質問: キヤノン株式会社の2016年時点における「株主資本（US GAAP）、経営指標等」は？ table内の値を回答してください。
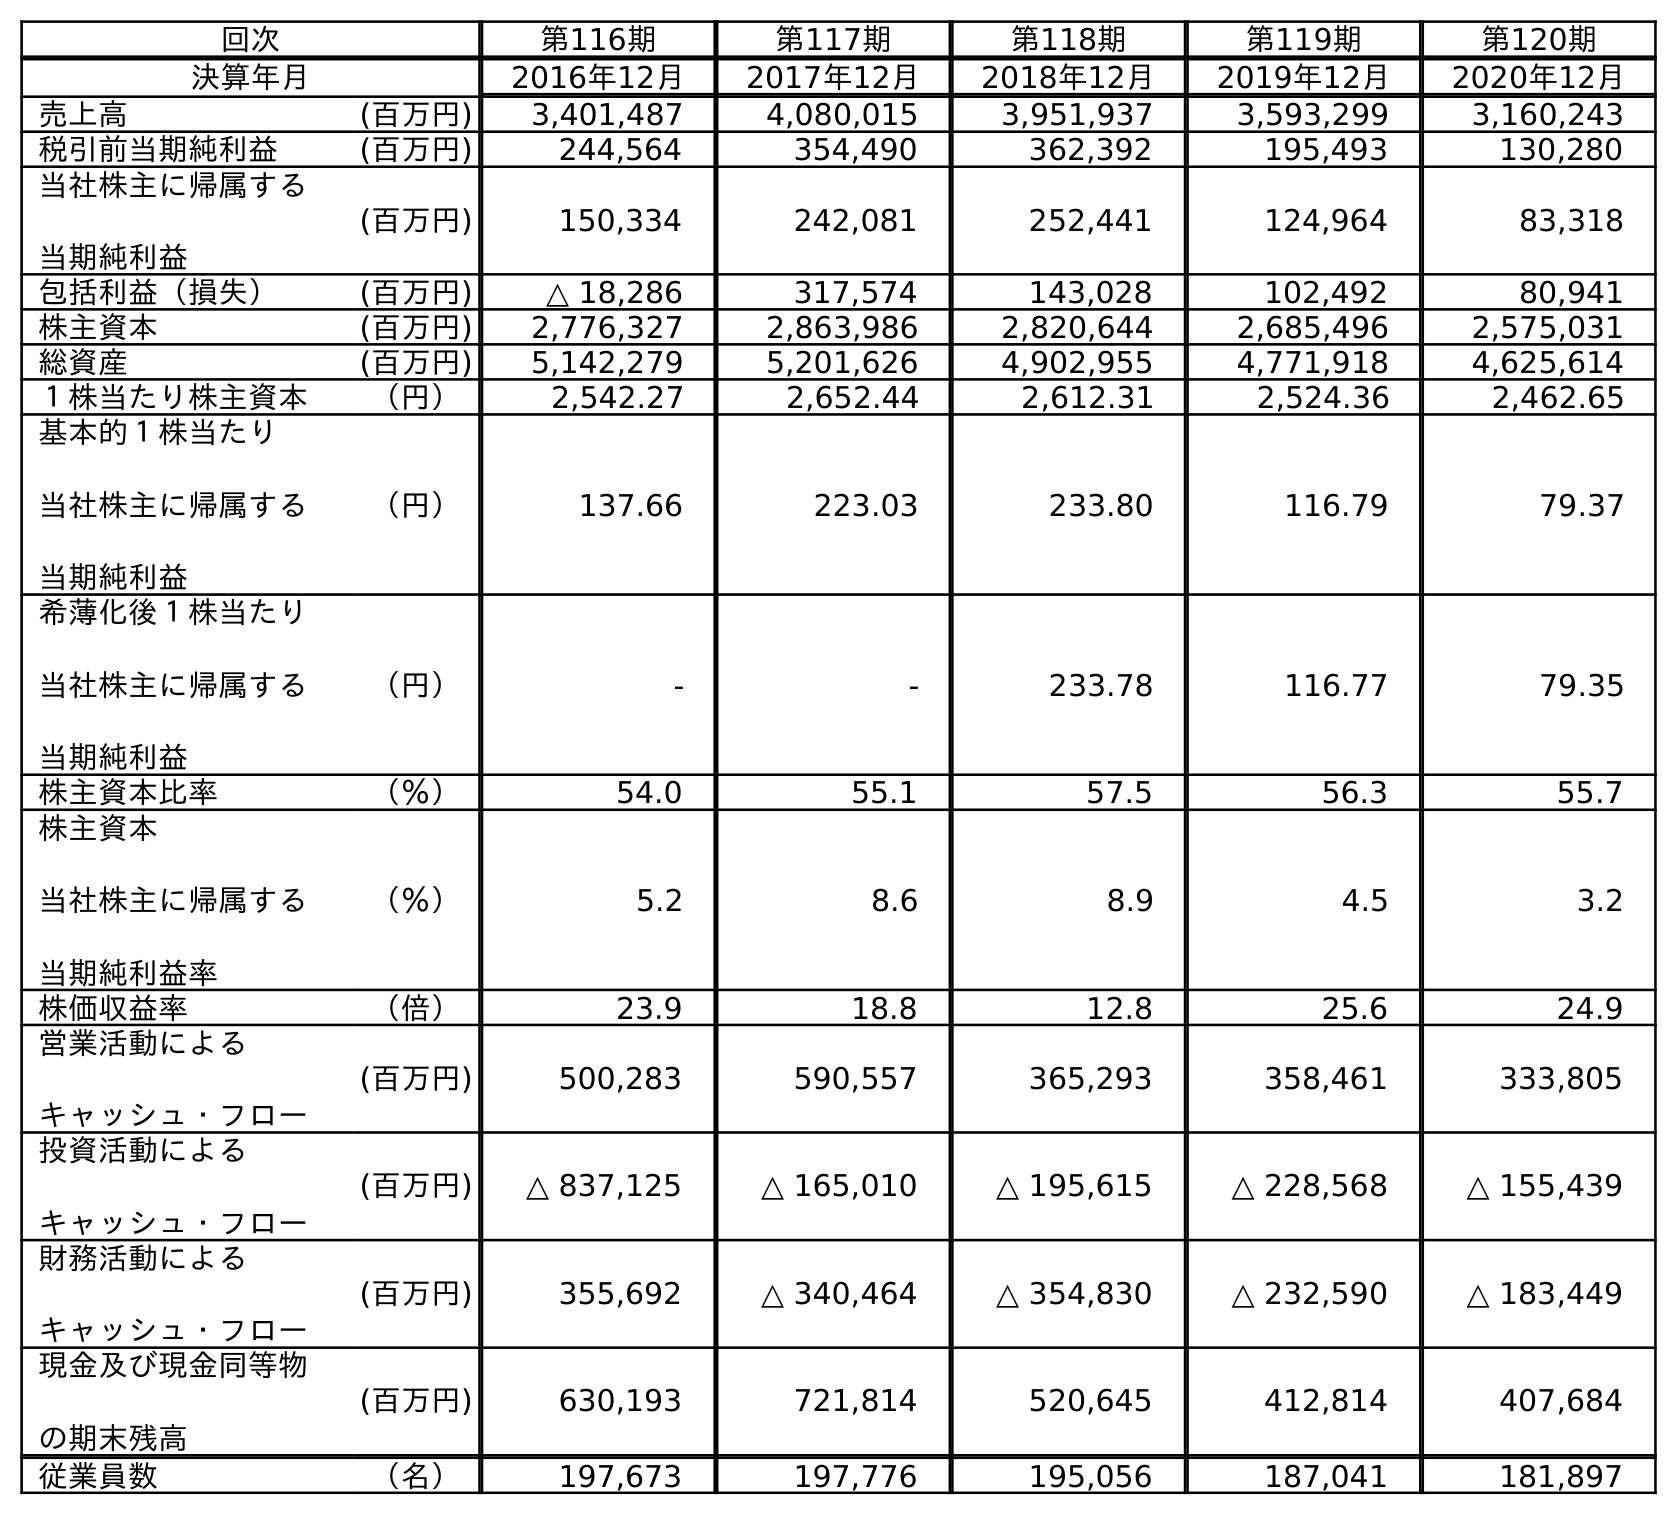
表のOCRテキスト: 回次 第116期 第117期 第118期 第119期 第120期 決算年月 2016年12月 2017年12月 2018年12月 2019年12月 2020年12月 売上高 (百万円) 3,401,487 4,080,015 3,951,937 3,593,299 3,160,243 税引前当期純利益 (百万円) 244,564 354,490 362,392 195,493 130,280 当社株主に帰属する 当期純利益 (百万円) 150,334 242,081 252,441 124,964 83,318 包括利益（損失） (百万円) △ 18,286 317,574 143,028 102,492 80,941 株主資本 (百万円) 2,776,327 2,863,986 2,820,644 2,685,496 2,575,031 総資産 (百万円) 5,142,279 5,201,626 4,902,955 4,771,918 4,625,614 １株当たり株主資本 （円） 2,542.27 2,652.44 2,612.31 2,524.36 2,462.65 基本的１株当たり 当社株主に帰属する 当期純利益 （円） 137.66 223.03 233.80 116.79 79.37 希薄化後１株当たり 当社株主に帰属する 当期純利益 （円） - - 233.78 116.77 79.35 株主資本比率 （％） 54.0 55.1 57.5 56.3 55.7 株主資本 当社株主に帰属する 当期純利益率 （％） 5.2 8.6 8.9 4.5 3.2 株価収益率 （倍） 23.9 18.8 12.8 25.6 24.9 営業活動による キャッシュ・フロー (百万円) 500,283 590,557 365,293 358,461 333,805 投資活動による キャッシュ・フロー (百万円) △ 837,125 △ 165,010 △ 195,615 △ 228,568 △ 155,439 財務活動による キャッシュ・フロー (百万円) 355,692 △ 340,464 △ 354,830 △ 232,590 △ 183,449 現金及び現金同等物 の期末残高 (百万円) 630,193 721,814 520,645 412,814 407,684 従業員数 （名） 197,673 197,776 195,056 187,041 181,897
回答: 2,776,327